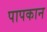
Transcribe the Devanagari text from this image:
पापकान